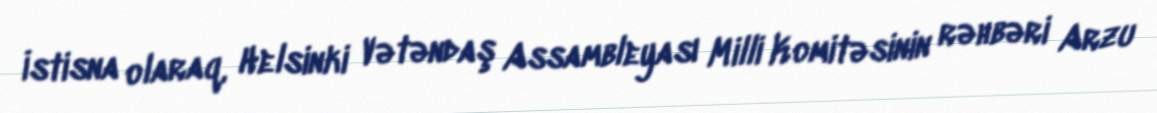
İstisna olaraq, Helsinki Vətəndaş Assambleyası Milli Komitəsinin rəhbəri Arzu